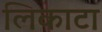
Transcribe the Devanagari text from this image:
लिकाटा